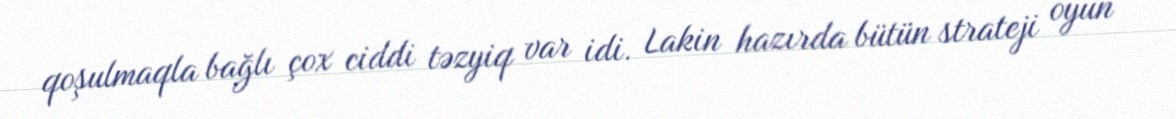
qoşulmaqla bağlı çox ciddi təzyiq var idi. Lakin hazırda bütün strateji oyun